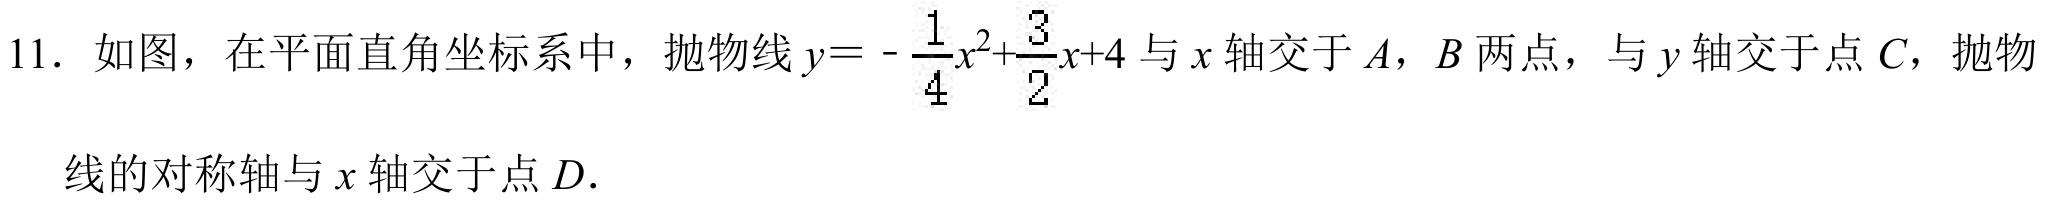
11. 如图，在平面直角坐标系中，抛物线\(y = - \frac{1}{4}x^{2}+\frac{3}{2}x + 4\)与\(x\)轴交于\(A\)，\(B\)两点，与\(y\)轴交于点\(C\)，抛物线的对称轴与\(x\)轴交于点\(D\).